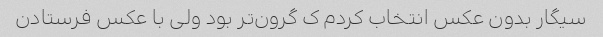
سیگار بدون عکس انتخاب کردم ک گرون‌تر بود ولی با عکس فرستادن